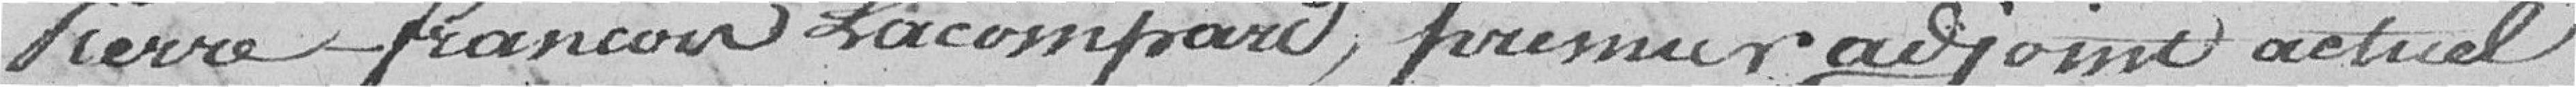
Pierre François Lacompard premier adjoint actuel